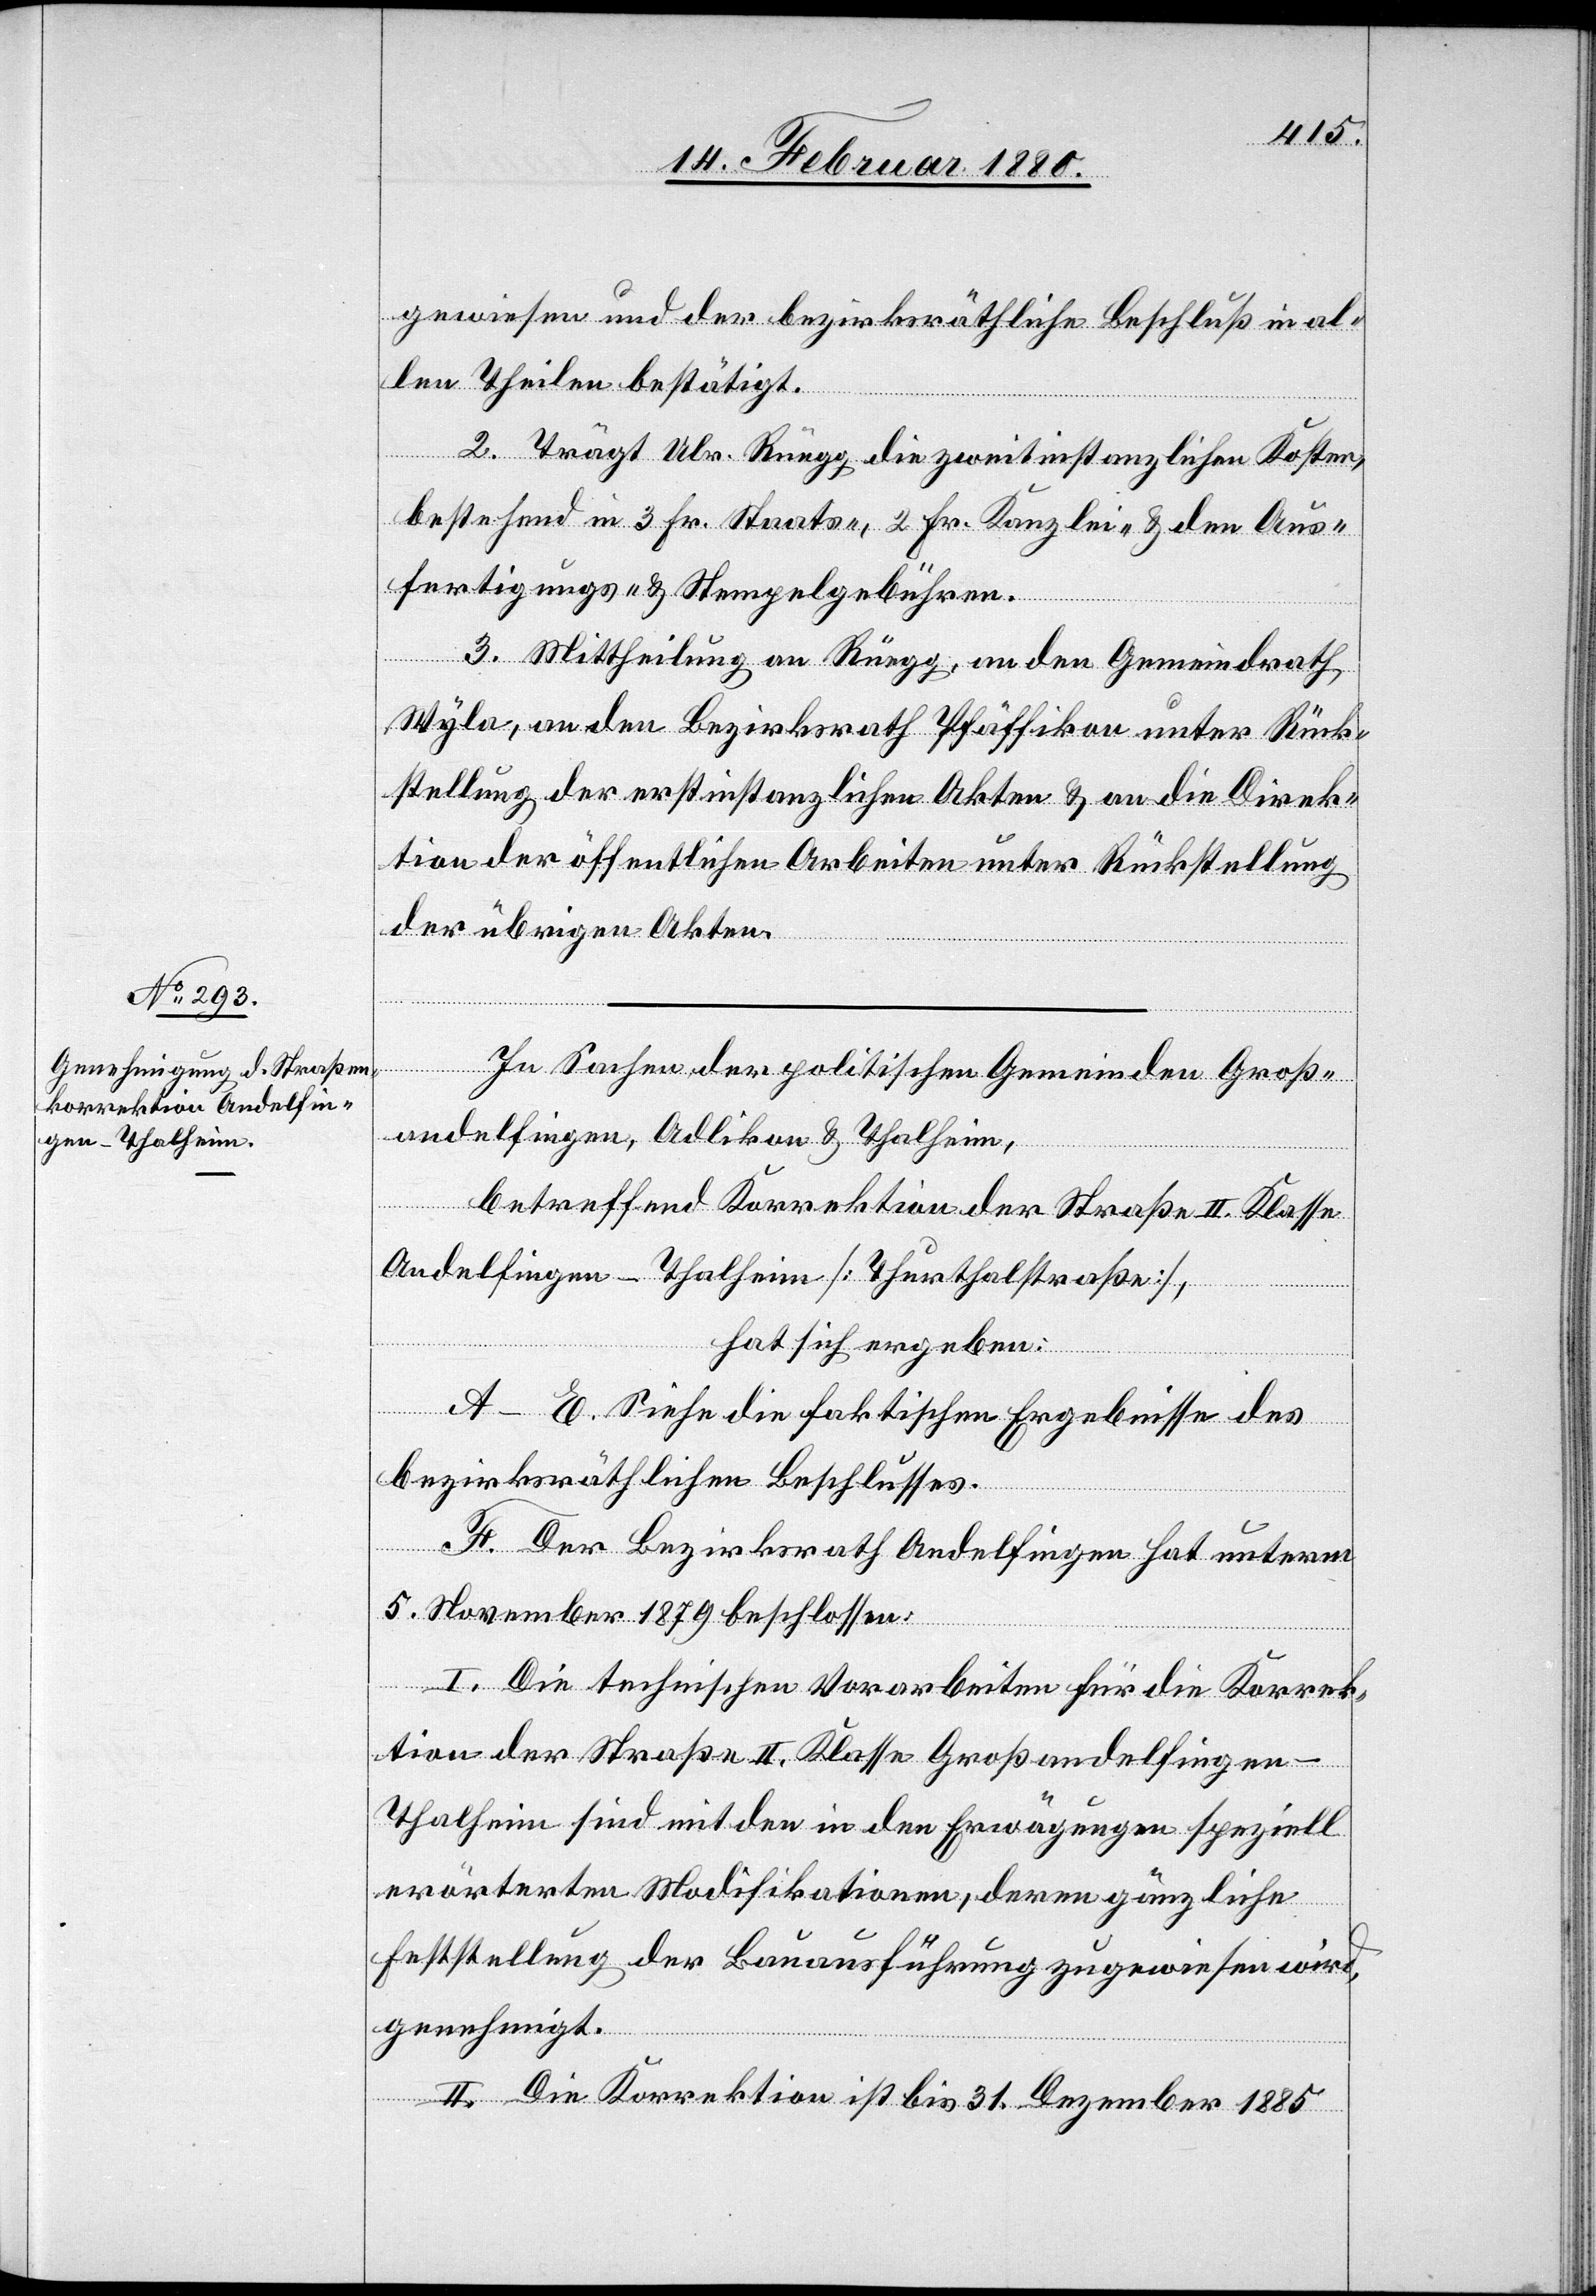
gewiesen und der bezirksräthliche Beschluß in al¬
len Theilen bestätigt.
2. Trägt Ulr. Rüegg die zweitinstanzlichen Kosten,
bestehend in 3 Fr. Staats-, 2 Fr. Kanzlei- & den Aus¬
fertigungs- & Stempelgebühren.
3. Mittheilung an Rüegg, an den Gemeindrath
Wyla, an den Bezirksrath Pfäffikon unter Rück¬
stellung der erstinstanzlichen Akten & an die Direk¬
tion der öffentlichen Arbeiten unter Rückstellung
der übrigen Akten.
In Sachen der politischen Gemeinden Groß¬
andelfingen, Adlikon & Thalheim,
betreffend Korrektion der Straße II. Klasse
Andelfingen–Thalheim [Thurthalstraße],
hat sich ergeben:
A–E. Siehe die faktischen Ergebnisse des
bezirksräthlichen Beschlusses.
F. Der Bezirksrath Andelfingen hat unterm
5. November 1879 beschlossen:
I. Die technischen Vorarbeiten für die Korrek¬
tion der Straße II. Klasse Großandelfingen–T¬
halheim sind mit den in den Erwägungen speziell
erörterten Modifikationen, deren gänzliche
Feststellung der Bauausführung zugewiesen wird,
genehmigt.
II. Die Korrektion ist bis 31. Dezember 1885